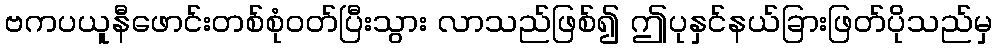
ဗကပယူနီဖောင်းတစ်စုံဝတ်ပြီးသွား လာသည်ဖြစ်၍ ဤပုနှင်နယ်ခြားဖြတ်ပိုသည်မှ